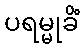
ပရမ္မုခိံ